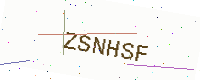
Text: ZSNHSF